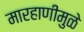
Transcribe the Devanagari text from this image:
मारहाणीमुळे